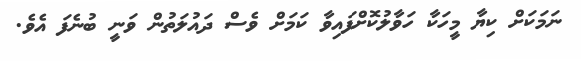
ނަމަކަށް ކިޔާ މީހަކާ ހަވާލުކޮށްފައިވާ ކަމަށް ވެސް ދައުލަތުން ވަނީ ބުނެފަ އެވެ.